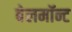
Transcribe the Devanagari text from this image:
बेलमॉन्ट